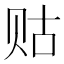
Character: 𲂾